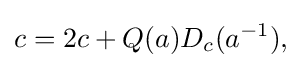
\displaystyle {c=2c+Q(a)D_{c}(a^{-1}),}